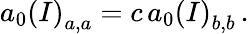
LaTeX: a_{0}\left(I\right)_{a,a}=c\, a_{0}\left(I\right)_{b,b}\, .